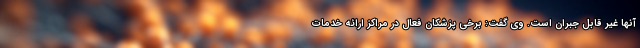
آنها غیر قابل جبران است. وی گفت: برخی پزشکان فعال در مراکز ارائه خدمات